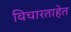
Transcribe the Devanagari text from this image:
विचारताहेत